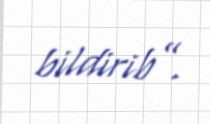
bildirib”.